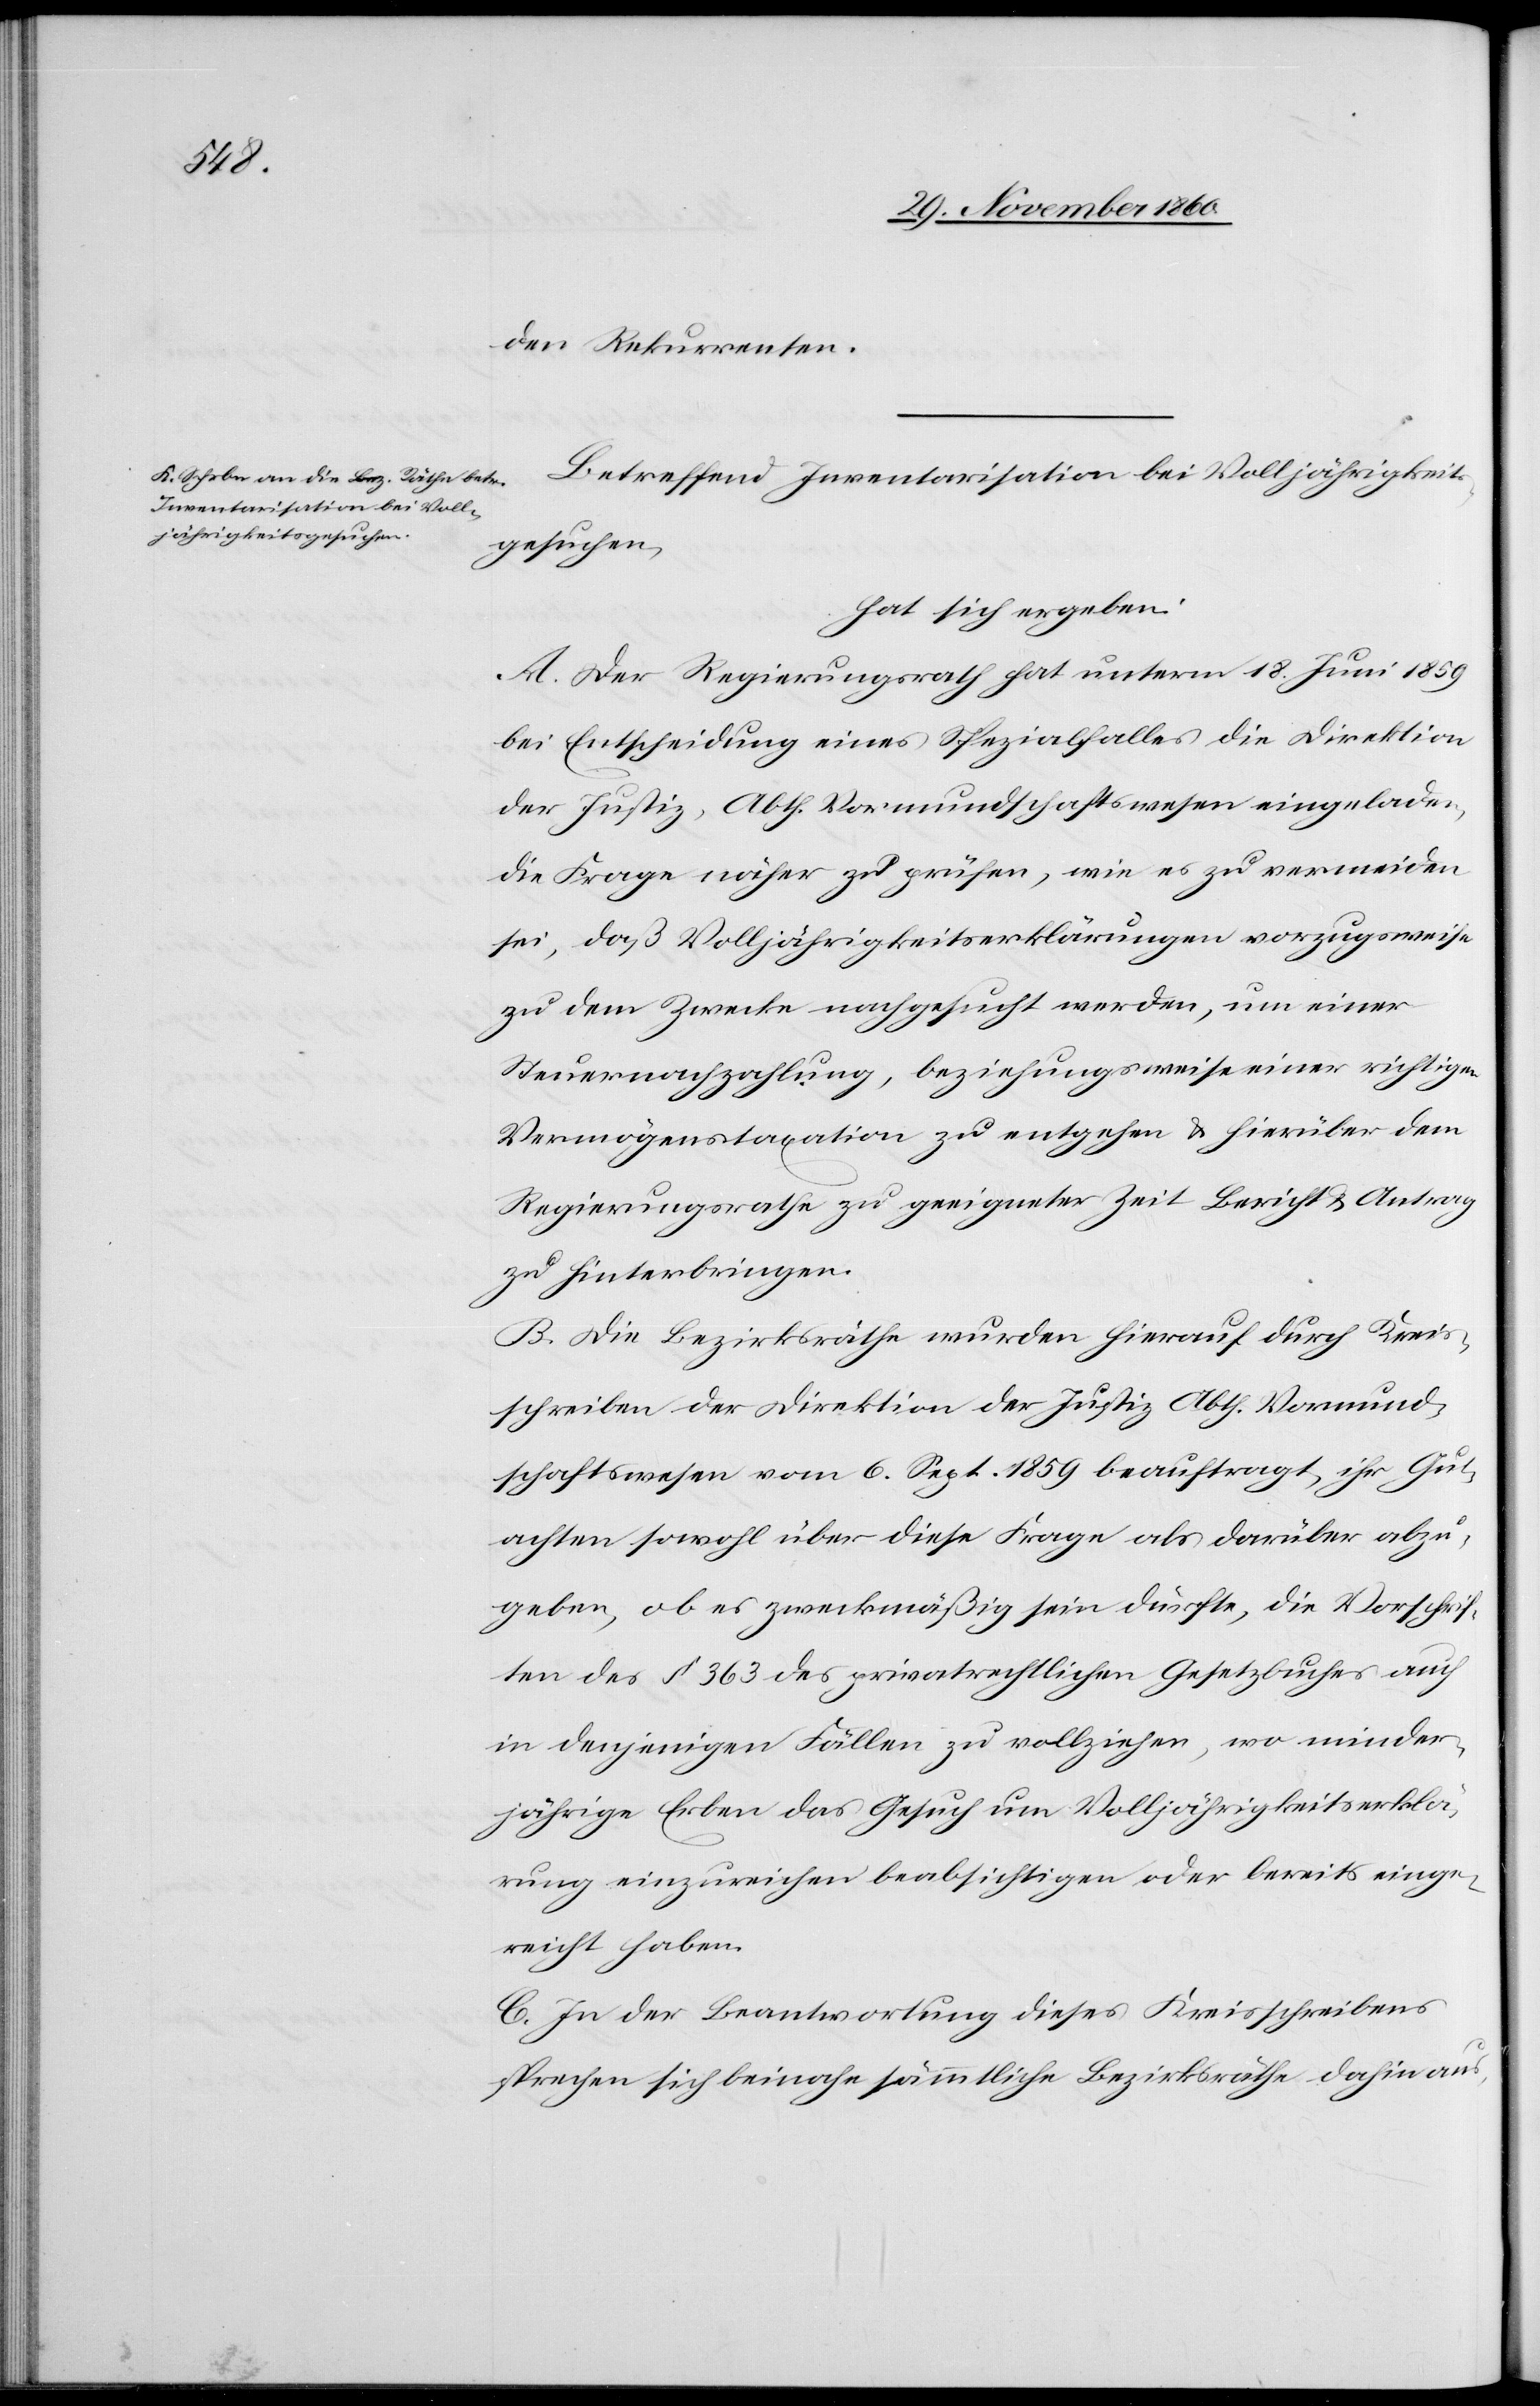
die Rekurrenten.
Betreffend Inventarisation bei Volljährigkeits¬
gesuchen,
hat sich ergeben:
A. Der Regierungsrath hat unterm 18. uni 1859
bei Entscheidung eines Spezialfalles die Direktion
der Justiz, Abth. Vormundschaftswesen eingeladen,
die Frage näher zuprüfen, wie es zu vermieden
sei, daß Volljährigkeitserklärungen vorzugsweise
zu dem Zwecke nachgesucht werden, um einer
Steuernachzahlung, beziehungsweise einer richtigen
Vermögenstaxation zu entgegen u. hierüber dem
Regierungsrathe zu geeigneter Zeit Bericht u. Antrag
zu hinterbringen.
B. Die Bezirksräthe wurden hierauf durch Kreis¬
schreiben der Direktion der Justiz Abth. Vormund¬
schaftswesen vom 6. Sept. 1859 beauftragt, ihr Gut¬
achten sowohl über diese Frage als darüber abzu¬
geben, ob es zweckmäßig sein dürfte, die Vorschrif¬
ten des § 363 des privatrechtlichen Gesetzbuches auch
in denjenigen Fällen zu vollziehen, wo minder¬
jährige Erben das Gesuch um Volljährigkeitserklä¬
rung einzureichen beabsichtigen oder bereits einge¬
reicht haben.
C. In der Beantwortung dieses Kreisschreibens
sprechen sich beinahe sämmtliche Bezirksräthe dahin aus,